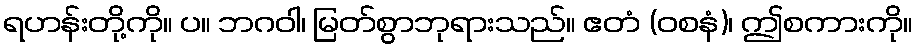
ရဟန်းတို့ကို။ ပ။ ဘဂဝါ၊ မြတ်စွာဘုရားသည်။ ဧတံ (ဝစနံ)၊ ဤစကားကို။